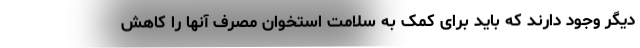
دیگر وجود دارند که باید برای کمک به سلامت استخوان مصرف آنها را کاهش